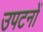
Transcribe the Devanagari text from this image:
उपटनों